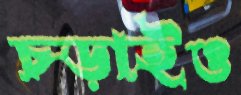
চড়াইও